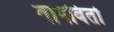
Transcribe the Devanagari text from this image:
तापवितो